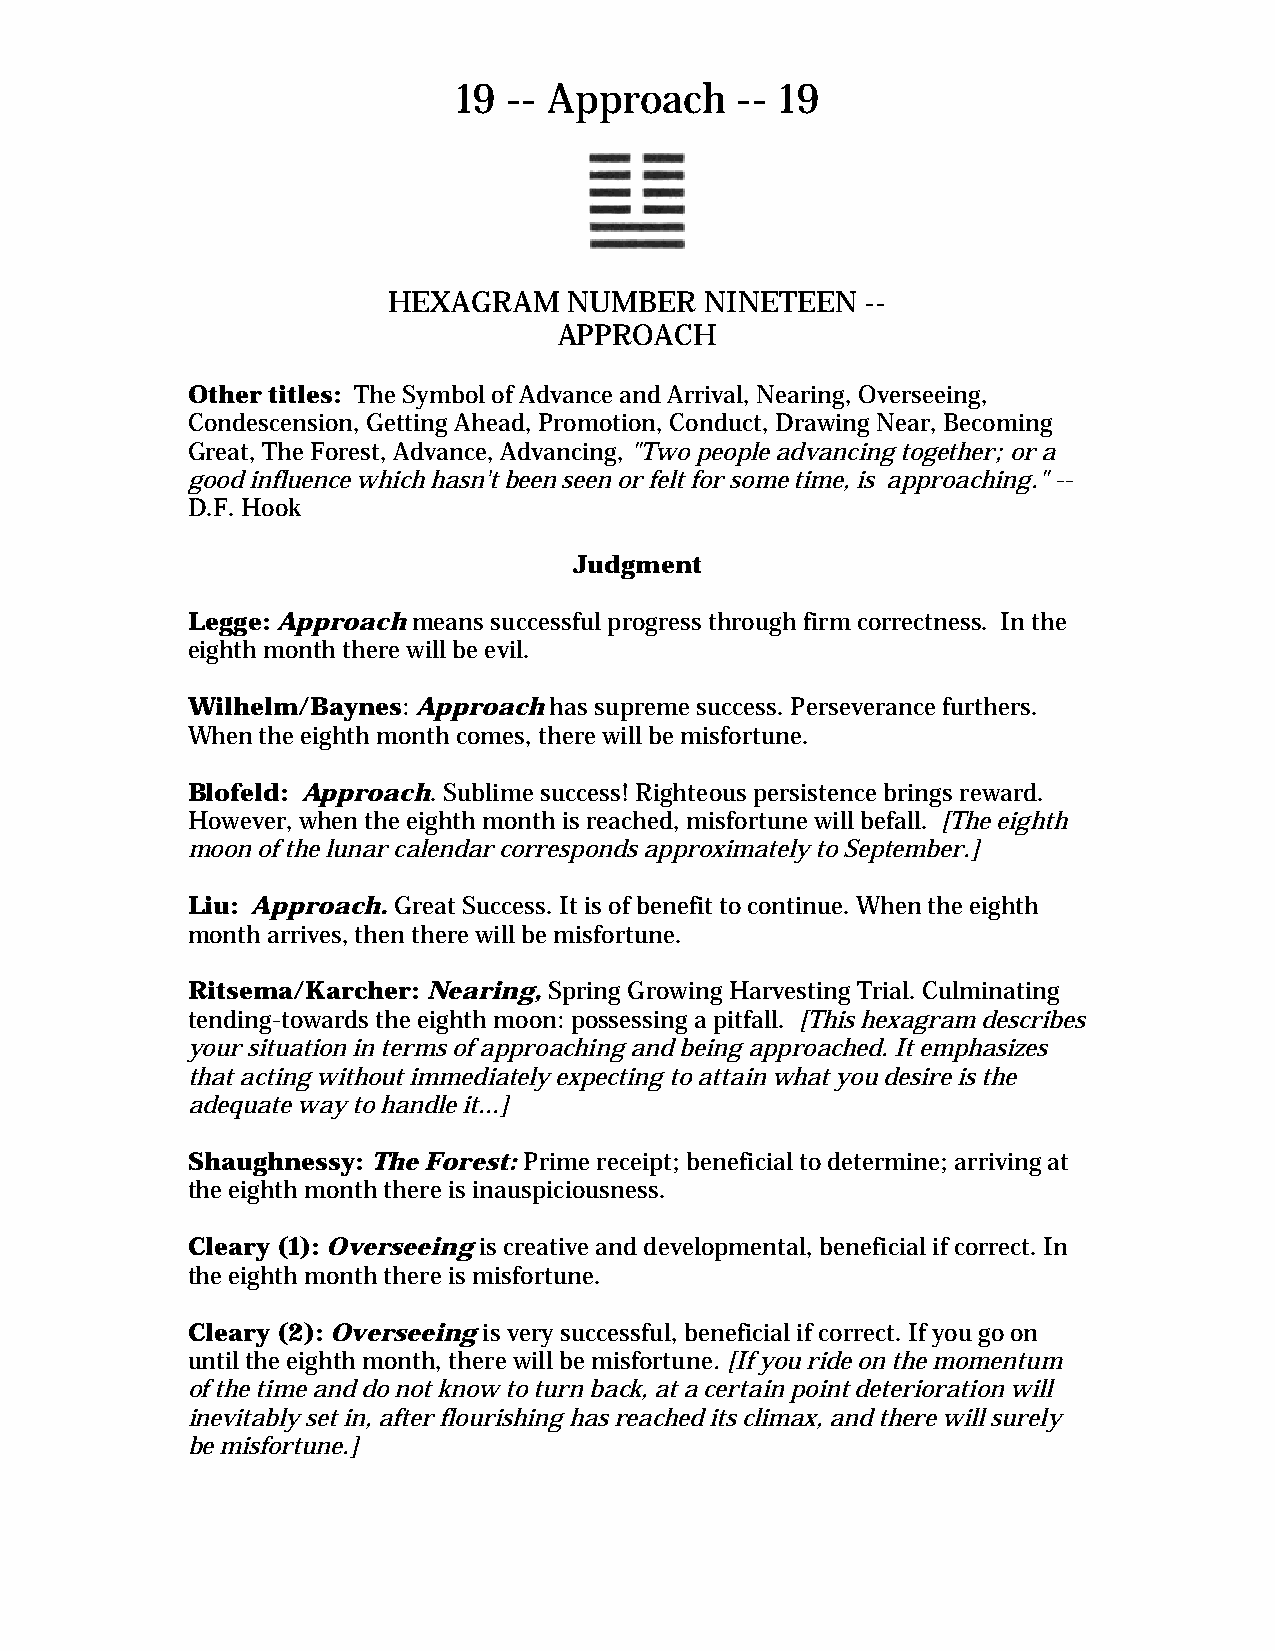
19  -- Approach    -- 19
 HEXAGRAM    NUMBER   NINETEEN  --
 APPROACH
 Other titles: The Symbol of Advance and Arrival, Nearing, Overseeing,
 Condescension, Getting Ahead, Promotion, Conduct, Drawing Near, Becoming
 Great, The Forest, Advance, Advancing, "Two people advancing together; or a
 good influence which hasn't been seen or felt for some time, is approaching." --
 D.F. Hook
 Judgment
 Legge: Approach means successful progress through firm correctness. In the
 eighth month there will be evil.
 Wilhelm/Baynes: Approach has supreme success. Perseverance furthers.
 When the eighth month comes, there will be misfortune.
 Blofeld: Approach. Sublime success! Righteous persistence brings reward.
 However, when the eighth month is reached, misfortune will befall. [The eighth
 moon of the lunar calendar corresponds approximately to September.]
 Liu: Approach. Great Success. It is of benefit to continue. When the eighth
 month arrives, then there will be misfortune.
 Ritsema/Karcher: Nearing, Spring Growing Harvesting Trial. Culminating
 tending-towards the eighth moon: possessing a pitfall. [This hexagram describes
 your situation in terms of approaching and being approached. It emphasizes
 that acting without immediately expecting to attain what you desire is the
 adequate way to handle it...]
 Shaughnessy: The Forest: Prime receipt; beneficial to determine; arriving at
 the eighth month there is inauspiciousness.
 Cleary (1): Overseeing is creative and developmental, beneficial if correct. In
 the eighth month there is misfortune.
 Cleary (2): Overseeing is very successful, beneficial if correct. If you go on
 until the eighth month, there will be misfortune. [If you ride on the momentum
 of the time and do not know to turn back, at a certain point deterioration will
 inevitably set in, after flourishing has reached its climax, and there will surely
 be misfortune.]